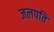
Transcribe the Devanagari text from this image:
जलपति